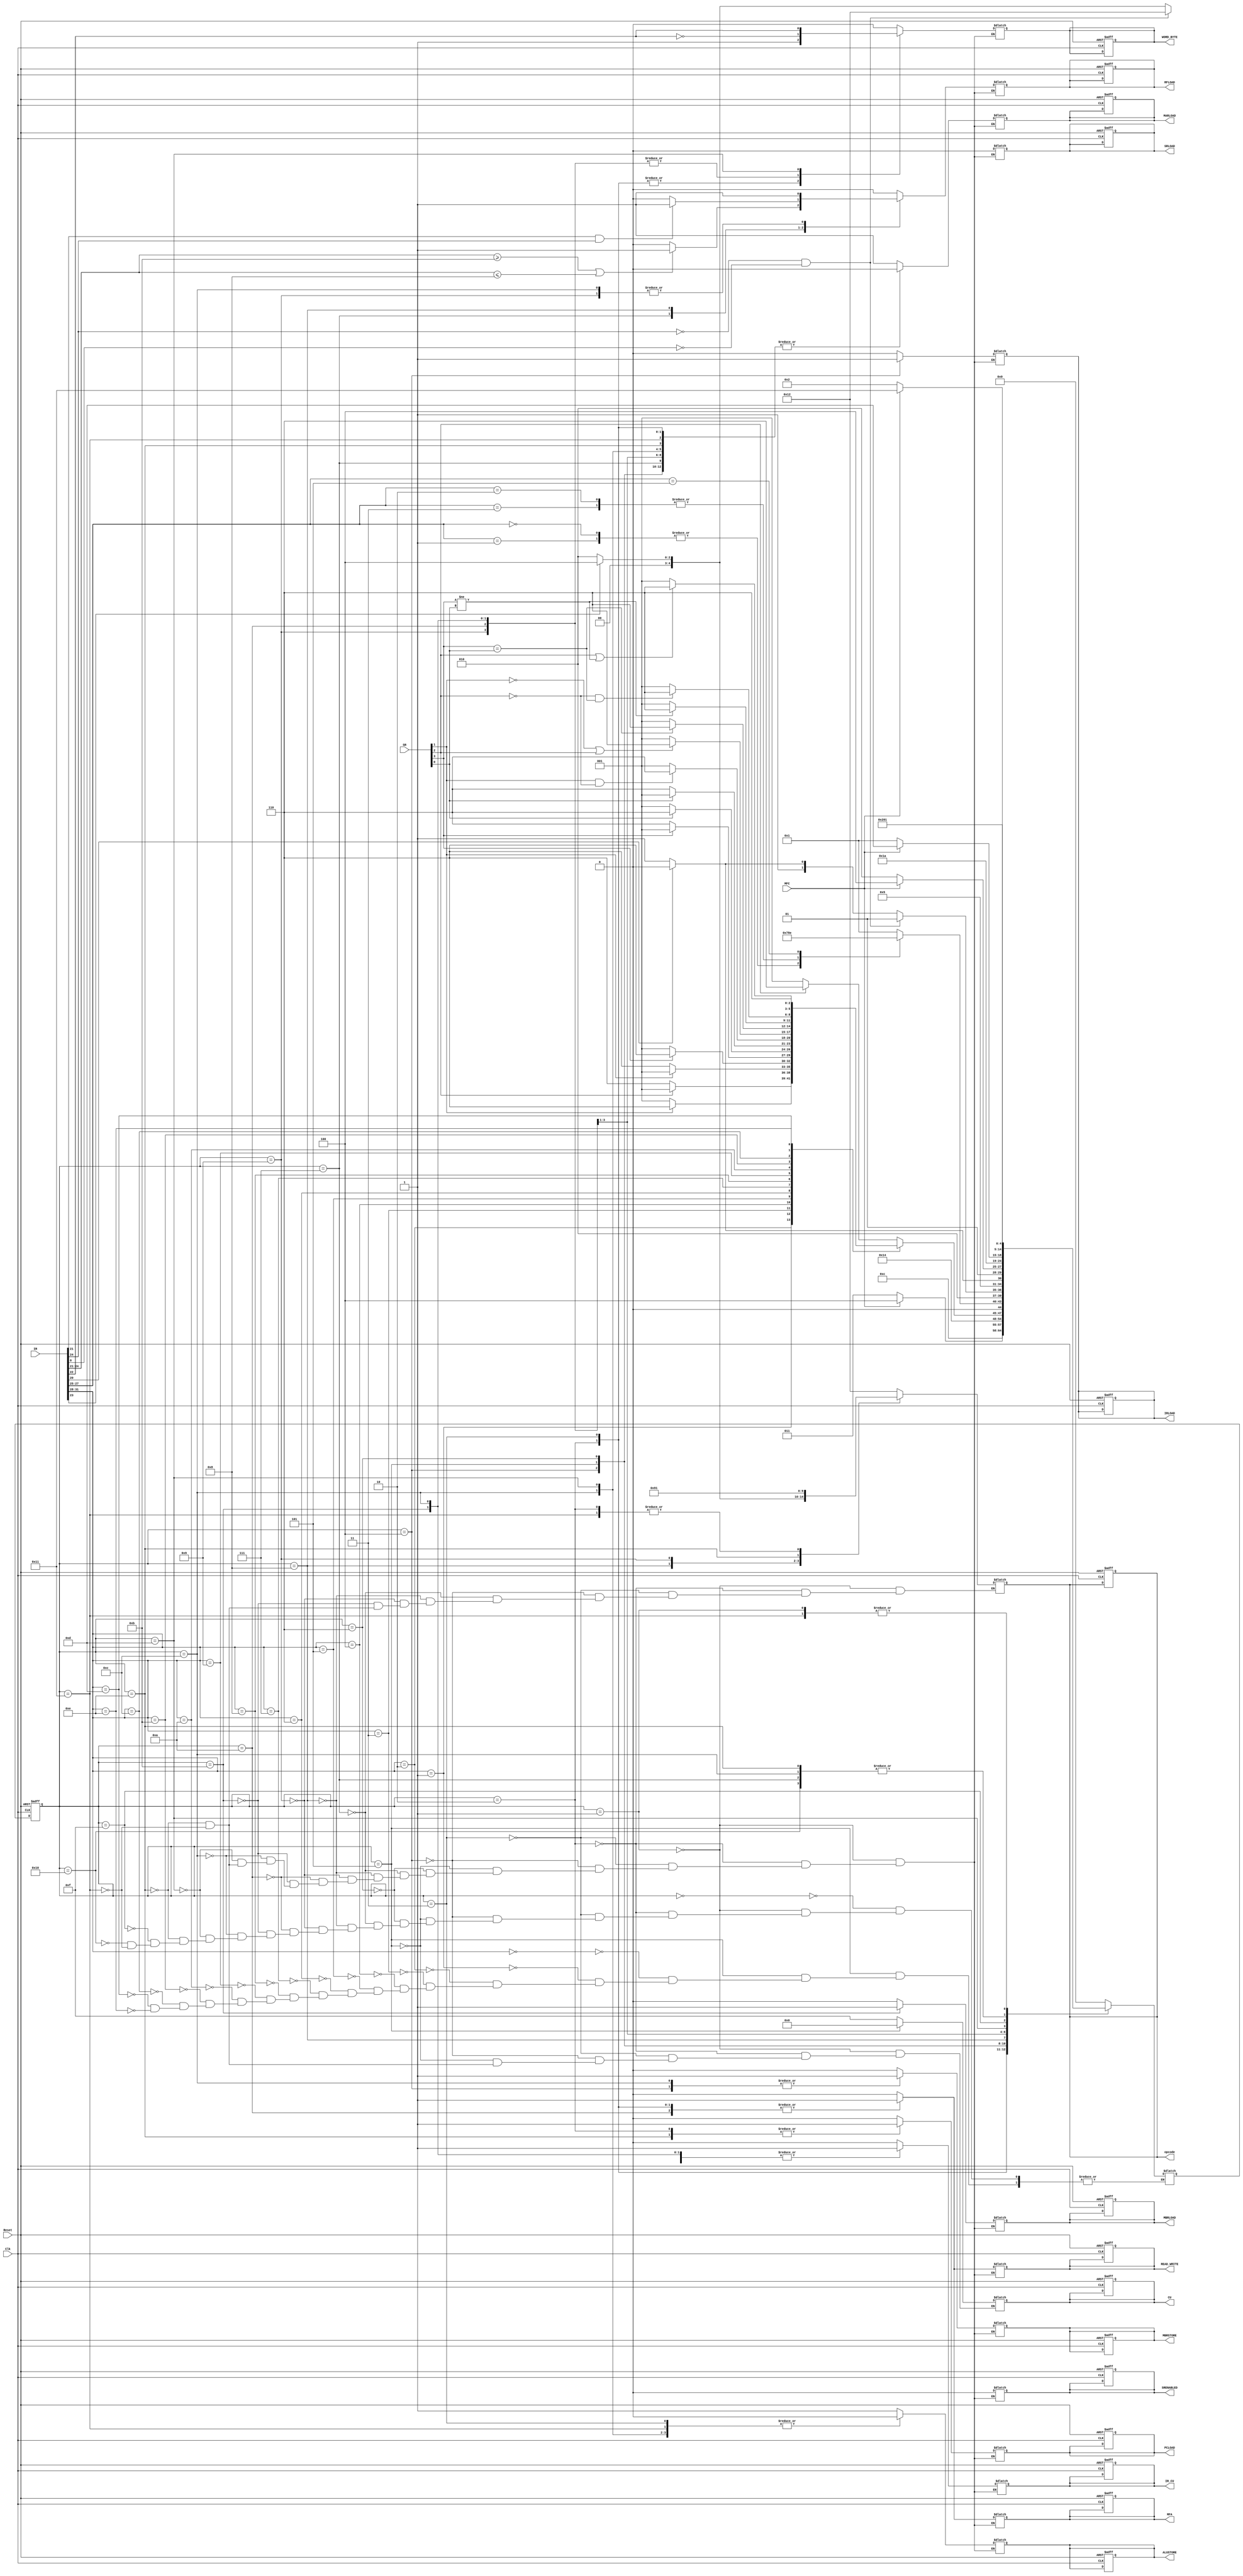
module ControlUnit (output reg IR_CU, RFLOAD, PCLOAD, SRLOAD, SRENABLED, ALUSTORE, MFA, WORD_BYTE,READ_WRITE,IRLOAD,MBRLOAD,MBRSTORE,MARLOAD,output reg[4:0] opcode, output reg[3:0] CU,  input MFC, Reset,Clk, input [31:0] IR,input [3:0] SR);

reg [4:0] State, NextState;

always @ (negedge Clk, posedge Reset)
	if (Reset) begin 
		State <= 5'b00001;ALUSTORE = 0 ; IR_CU= 0 ; RFLOAD= 0 ; PCLOAD= 0 ; SRLOAD= 0 ; SRENABLED= 0 ; MFA= 0 ; WORD_BYTE= 0 ;READ_WRITE= 0 ;IRLOAD= 0 ;MBRLOAD= 0 ;MBRSTORE= 0 ;MARLOAD = 0 ;CU=0; opcode=5'b10010;end
	else 
		State <= NextState;
/*
STATUS REGISTER FLAGS
WE FETCH INSTRUCTIONS 8BITS AT A TIME 8BIT DATAPATH
31. Negative, N = (ADD)&&(A[31]==B[31])&&(A[31]!=OUT[31]) || (SUB)
30. Zero, Z = OUT == 0
29. Carry, C = CARRY
28. Overflow, V = OVERFLOW
END
*/
always @ (State, MFC)
	case (State)
		5'b00000 : NextState = 5'b00000; 
		5'b00001 : if(MFC) NextState = 5'b10001 ; else NextState = 5'b00010;// goto stall cycle if not ready
		5'b00010 : NextState = 5'b00011; 
		5'b00011 : if(MFC)NextState = 5'b00100; else  NextState = 5'b00011;
		5'b00100 : NextState = 5'b00101;
		5'b00101 : case(IR[31:28])//Decode Begin
						4'b0000: if(SR[2]==1) NextState = 5'b00110; else NextState = 5'b00001;
						4'b0001: if(SR[2]==0) NextState = 5'b00110; else NextState = 5'b00001;
						4'b0010: if(SR[1]==1) NextState = 5'b00110; else NextState = 5'b00001;
						4'b0011: if(SR[1]==0) NextState = 5'b00110; else NextState = 5'b00001;
						4'b0100: if(SR[3]==1) NextState = 5'b00110; else NextState = 5'b00001;
						4'b0101: if(SR[3]==0) NextState = 5'b00110; else NextState = 5'b00001;
						4'b0110: if(SR[0]==1) NextState = 5'b00110; else NextState = 5'b00001;
						4'b0111: if(SR[0]==0) NextState = 5'b00110; else NextState = 5'b00001;
						4'b1000: if(SR[1]==1&SR[2]==0) NextState = 5'b00110; else NextState = 5'b00001;
						4'b1001: if(SR[1]==0|SR[2]==1) NextState = 5'b00110; else NextState = 5'b00001;
						4'b1010: if(SR[3]==SR[0]) NextState = 5'b00110; else NextState = 5'b00001;
						4'b1011: if(SR[3]!=SR[0]) NextState = 5'b00110; else NextState = 5'b00001;
						4'b1100: if(SR[2]==0&SR[3]==SR[0]) NextState = 5'b00110; else NextState = 5'b00001;
						4'b1101: if(SR[2]==1|SR[3]!=SR[0]) NextState = 5'b00110; else NextState = 5'b00001;
						4'b1110: NextState = 5'b00110; 
					endcase
		5'b00110 : case(IR[27:25])
						3'b000,3'b001:NextState = 5'b00111;
						3'b010,3'b011:NextState = 5'b01000;//Load/Store operation 1 
						3'b101:NextState = 5'b01110;//Branch operation 1
						default:NextState = 5'b0001;
				   endcase
		5'b00111 : NextState = 5'b00001; // Data operation 1
		5'b01000 : if(IR[24] == 0 & IR[0] ==0 ) NextState = 5'b01001; else if(IR[20]) NextState = 5'b01010;else NextState = 5'b01011; //Load/Store operation 1 
		5'b01001 : if(IR[20]) NextState = 5'b01010;else NextState = 5'b01011; //Load/Store operation 2
		5'b01010 : if(MFC) NextState = 5'b01100; else NextState = 5'b01010; //Load operation 1 
		5'b01011 : NextState = 5'b01101; //Store operation 1 
		5'b01100 : NextState = 5'b00001; //Load operation 2
		5'b01101 : if(!MFC) NextState = 5'b00001 ; else NextState = 5'b01101; //Store operation 2
		5'b01110 : NextState = 5'b00001;//Branch operation 1
		5'b01111 : NextState = 5'b10000; // Empty state
		5'b10000 : NextState = 5'b00001; // Empty state
		5'b10001 : if(MFC) NextState = 5'b10001 ; else NextState = 5'b00010; // Stall State MFC Already Up
	endcase 
always @ (State, MFC)
	case (State)
		5'b00000 : begin  end
		5'b00001 : begin  ALUSTORE = 1 ;IR_CU= 0 ; RFLOAD= 0 ; PCLOAD= 0 ; SRLOAD= 0 ; SRENABLED= 0 ; MFA= 0 ; WORD_BYTE= 0 ;READ_WRITE= 0 ;IRLOAD= 0 ;MBRLOAD= 0 ;MBRSTORE= 0 ;MARLOAD = 1 ; CU=4'hf;opcode=5'b10010;end // send pc to mar: ircu = 1 cu = 1111,MARLOAD = 1
		5'b00010 : begin  ALUSTORE = 1 ;IR_CU= 0 ; RFLOAD= 0 ; PCLOAD= 1 ; SRLOAD= 0 ; SRENABLED= 0 ; MFA= 1 ; WORD_BYTE= 1 ;READ_WRITE= 1 ;IRLOAD= 0 ;MBRLOAD= 0 ;MBRSTORE= 0 ;MARLOAD = 0 ; CU=4'hf;opcode=5'b10001;end // increment pc : loadpc = 1 ircu = 1 cu = 1111 op = 17 
		5'b00011 : begin  ALUSTORE = 0 ;IR_CU= 0 ; RFLOAD= 0 ; PCLOAD= 0 ; SRLOAD= 0 ; SRENABLED= 0 ; MFA= 1 ; WORD_BYTE= 1 ;READ_WRITE= 1 ;IRLOAD= 0 ;MBRLOAD= 0 ;MBRSTORE= 0 ;MARLOAD = 0 ; CU=4'hf;opcode=5'b10010;end //  wait for MFC: MFA = 1 LOADIR = 1 read_write = 1 word_byte = 1
		5'b00100 : begin  ALUSTORE = 0 ;IR_CU= 0 ; RFLOAD= 0 ; PCLOAD= 0 ; SRLOAD= 0 ; SRENABLED= 0 ; MFA= 0 ; WORD_BYTE= 0 ;READ_WRITE= 0 ;IRLOAD= 1 ;MBRLOAD= 0 ;MBRSTORE= 1 ;MARLOAD = 0 ; CU=4'hf;opcode=5'b10010;end // transfer data to IR 
		5'b00101 : begin  ALUSTORE = 1 ;IR_CU= 1 ; RFLOAD= 0 ; PCLOAD= 0 ; SRLOAD= 0 ; SRENABLED= 0 ; MFA= 0 ; WORD_BYTE= 0 ;READ_WRITE= 0 ;IRLOAD= 0 ;MBRLOAD= 0 ;MBRSTORE= 0 ;MARLOAD = 0 ; CU=4'h0;end // Check status codes 
		5'b00110 : begin  ALUSTORE = 0 ;IR_CU= 1 ; RFLOAD= 0 ; PCLOAD= 0 ; SRLOAD= 0 ; SRENABLED= 0 ; MFA= 0 ; WORD_BYTE= 0 ;READ_WRITE= 0 ;IRLOAD= 0 ;MBRLOAD= 0 ;MBRSTORE= 0 ;MARLOAD = 0 ;end // Decode instruction type and set out signals
		5'b00111 : begin  ALUSTORE = 1 ;IR_CU= 1 ; RFLOAD= IR[24:21]>=4'b1011 || IR[24:21]<=4'b1000 ? 1 : 0 ; PCLOAD= 0 ; SRLOAD= 0 ; SRENABLED= 0 ; MFA= 0 ; WORD_BYTE= 0 ;READ_WRITE= 0 ;IRLOAD= 0 ;MBRLOAD= 0 ;MBRSTORE= 0 ;MARLOAD = 0 ;opcode = {1'b0,IR[24:21]};end //Data Operation 1
		5'b01000 : begin  ALUSTORE = 1 ;IR_CU= 1 ; RFLOAD= IR[21]==1&IR[24]==1 ? 1 : 0; PCLOAD= 0 ; SRLOAD= 0 ; SRENABLED= 0 ; MFA= 0 ; WORD_BYTE= 0 ;READ_WRITE= 0 ;IRLOAD= 0 ;MBRLOAD= 0 ;MBRSTORE= 0 ;MARLOAD = 1 ;opcode = IR[24] == 0 & IR[0] ==0 ? 5'b10010 : IR[23] ? 5'b00100/*add*/:5'b00010 ; end //Load/Store operation 1 
		5'b01001 : begin  ALUSTORE = 1 ;IR_CU= 1 ; RFLOAD=1; PCLOAD= 0 ; SRLOAD= 0 ; SRENABLED= 0 ; MFA= 0 ; WORD_BYTE= !IR[22]  ;READ_WRITE= 0 ;IRLOAD= 0 ;MBRLOAD= 0 ;MBRSTORE= 0 ;MARLOAD = 0 ;opcode =  IR[23] ? 5'b00100/*add*/:5'b00010 ; end //Load/Store operation 1 
		5'b01010 : begin  ALUSTORE = 0 ;IR_CU= 0 ; RFLOAD= 0 ; PCLOAD= 0 ; SRLOAD= 0 ; SRENABLED= 0 ; MFA= 1 ; WORD_BYTE= !IR[22] ;READ_WRITE= 1 ;IRLOAD= 0 ;MBRLOAD= 0 ;MBRSTORE= 0 ;MARLOAD = 0 ;end //Load operation 1 
		5'b01011 : begin  ALUSTORE = 1 ;IR_CU= 1 ; RFLOAD= 0 ; PCLOAD= 0 ; SRLOAD= 0 ; SRENABLED= 0 ; MFA= 0 ; WORD_BYTE= !IR[22] ;READ_WRITE= 0 ;IRLOAD= 0 ;MBRLOAD= 1 ;MBRSTORE= 0 ;MARLOAD = 0 ; opcode=5'b10010; end //Store operation 1 
		5'b01100 : begin  ALUSTORE = 0 ;IR_CU= 1 ; RFLOAD= 1 ; PCLOAD= 0 ; SRLOAD= 0 ; SRENABLED= 0 ; MFA= 0 ; WORD_BYTE= !IR[22] ;READ_WRITE= 0 ;IRLOAD= 0 ;MBRLOAD= 0 ;MBRSTORE= 1 ;MARLOAD = 0 ;end //Load operation 2  
		5'b01101 : begin  ALUSTORE = 0 ;IR_CU= 0 ; RFLOAD= 0 ; PCLOAD= 0 ; SRLOAD= 0 ; SRENABLED= 0 ; MFA= 1 ; #1  MFA= 0 ; WORD_BYTE= IR[22] ;READ_WRITE= 0 ;IRLOAD= 0 ;MBRLOAD= 0 ;MBRSTORE= 0 ;MARLOAD = 0 ;end //Store Operation 2
		5'b01110 : begin  ALUSTORE = 1 ;IR_CU= 0 ; RFLOAD= 0 ; PCLOAD= 1 ; SRLOAD= 0 ; SRENABLED= 0 ; MFA= 0 ; WORD_BYTE= 0 ;READ_WRITE= 0 ;IRLOAD= 0 ;MBRLOAD= 0 ;MBRSTORE= 0 ;MARLOAD = 0 ; CU=4'hf;opcode=5'b00100;end //Branch operation 1
		5'b01111 : begin  end 
		5'b10000 : begin  end 
		5'b10001 : begin  ALUSTORE = 0 ;IR_CU= 0 ; RFLOAD= 0 ; PCLOAD= 0 ; SRLOAD= 0 ; SRENABLED= 0 ; MFA= 0 ; WORD_BYTE= 0 ;READ_WRITE= 0 ;IRLOAD= 0 ;MBRLOAD= 0 ;MBRSTORE= 0 ;MARLOAD = 0 ; CU=4'hf;opcode=5'b10001;end  // Stall State Purpusely Left Empty MFC Already Up
		/*branch and load_store instruction*/
		default : begin end
	endcase
endmodule